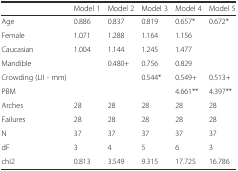
|  | Model 1 | Model 2 | Model 3 | Model 4 | Model 5 |
 | --- | --- | --- | --- | --- | --- |
 | Age | 0.886 | 0.837 | 0.819 | 0.657* | 0.672* |
 | Female | 1.071 | 1.288 | 1.164 | 1.156 |  |
 | Caucasian | 1.004 | 1.144 | 1.245 | 1.477 |  |
 | Mandible |  | 0.480+ | 0.756 | 0.829 |  |
 | Crowding (LII - mm) |  |  | 0.544* | 0.549+ | 0.513+ |
 | PBM |  |  |  | 4.661** | 4.397** |
 | Arches | 28 | 28 | 28 | 28 | 28 |
 | Failures | 28 | 28 | 28 | 28 | 28 |
 | N | 37 | 37 | 37 | 37 | 37 |
 | dF | 3 | 4 | 5 | 6 | 3 |
 | chi2 | 0.813 | 3.549 | 9.315 | 17.725 | 16.786 |